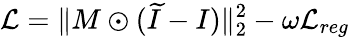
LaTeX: \mathcal{L}=\| M\odot(\widetilde{I}-I)\| _{2}^{2}-\omega\mathcal{L}_{reg}